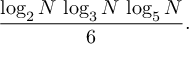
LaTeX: { \frac { \log _ { 2 } N \, \log _ { 3 } N \, \log _ { 5 } N } { 6 } } .